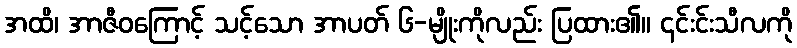
အထိ၊ အာဇီဝကြောင့် သင့်သော အာပတ် ၆-မျိုးကိုလည်း ပြထား၏။ ၎င်းင်းသီလကို